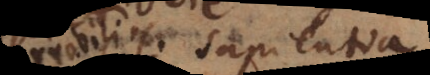
enim sapientia